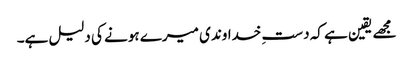
مجھے یقین ہے کہ دستِ خداوندی میرے ہونے کی دلیل ہے۔